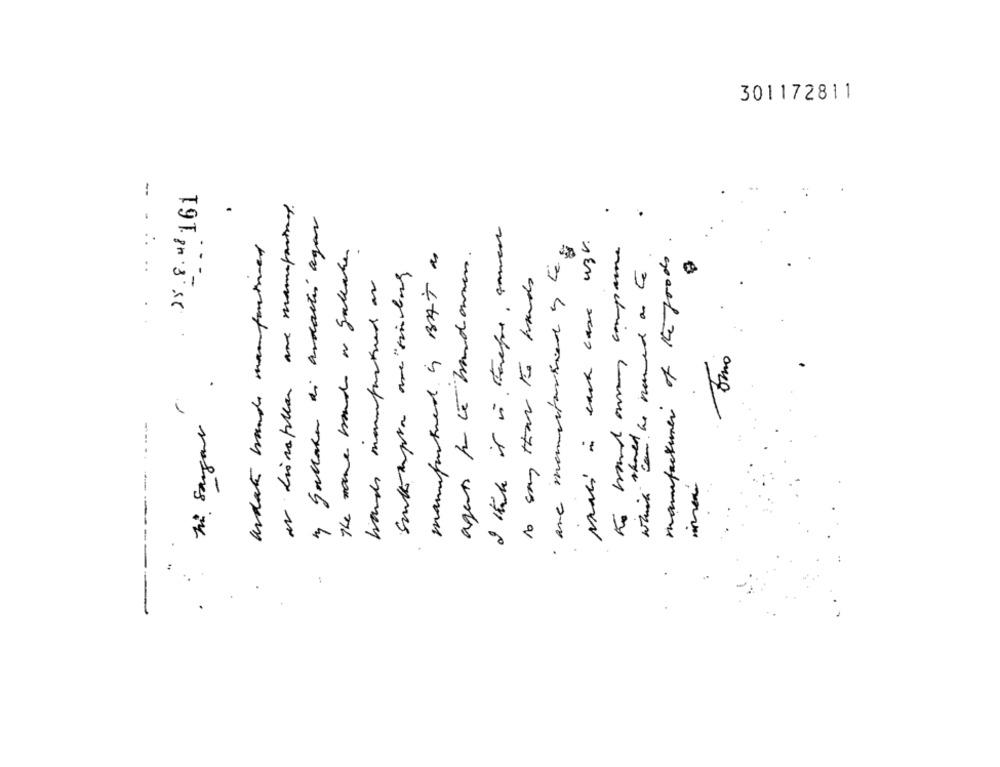
301172811
- -
25.8.48.161
en lionapillar are manyparings.
" gallara di andactiv agar
I ich it is thepre, somen
andate lands manfortimed
The name mund ir gallake
· are manufactured y be
mari in each case uzv.
te mand anny compare
manufactured. i BAT as
agers porte mundonnen.
manufacturer of the goods
shall be named as Co
to say that to hands
hands manufactured or
his sargans.
which can .
----
--